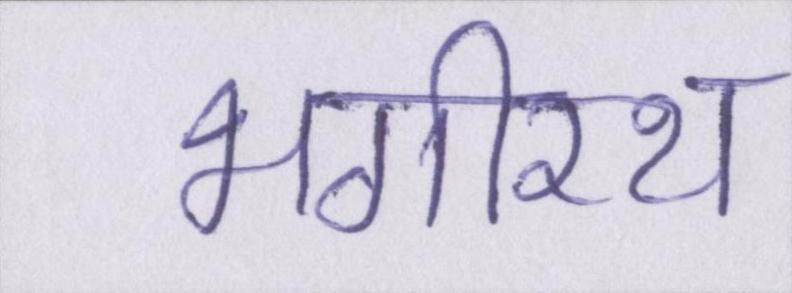
भगीरथ